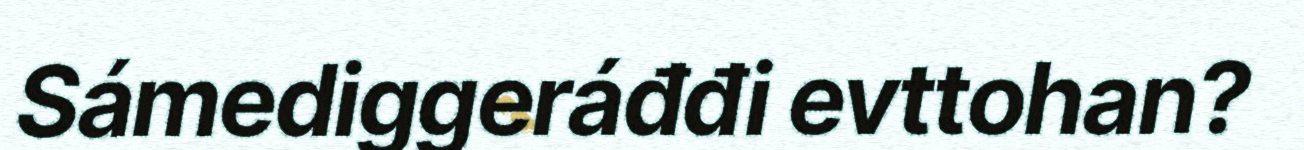
Sámediggeráđđi evttohan?